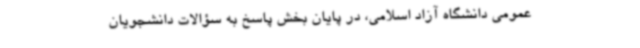
عمومی دانشگاه آزاد اسلامی، در پایان بخش پاسخ به سؤالات دانشجویان